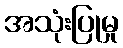
အသုံးပြုမှု